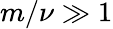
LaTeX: m/\nu\gg 1